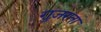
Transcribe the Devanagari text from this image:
ग़ुज़रता